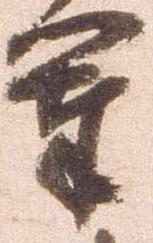
軍